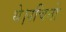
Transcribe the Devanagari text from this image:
थे।पचिनो